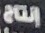
إنتاج